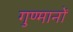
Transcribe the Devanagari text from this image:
गुण्मानों